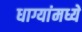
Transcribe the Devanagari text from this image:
धाग्यांमध्ये